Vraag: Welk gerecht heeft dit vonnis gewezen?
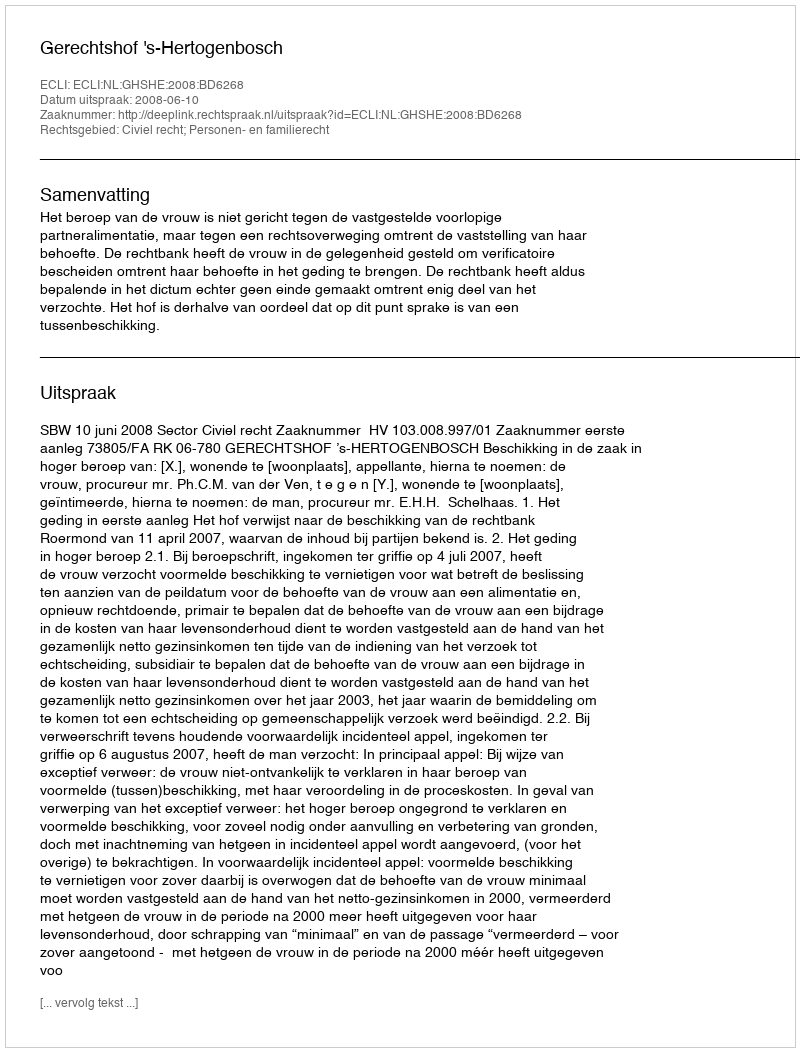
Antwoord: Gerechtshof 's-Hertogenbosch